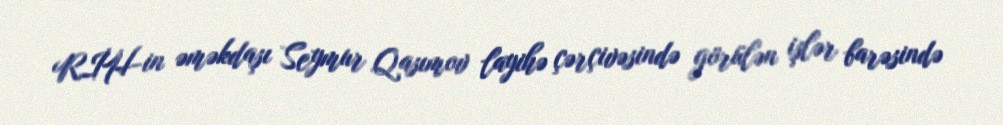
RİH-in əməkdaşı Seymur Qasımov layihə çərçivəsində görülən işlər barəsində